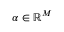
\alpha \in \mathbb { R } ^ { M }